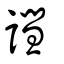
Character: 譿